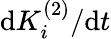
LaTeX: \mathrm{d}K_{i}^{(2)}/\mathrm{d}t